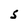
Character: s